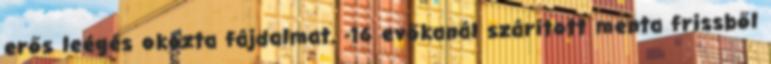
erős leégés okozta fájdalmat. -16 evőkanál szárított menta frissből